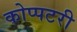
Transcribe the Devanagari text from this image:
कोप्पटरी